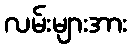
လမ်းများအား